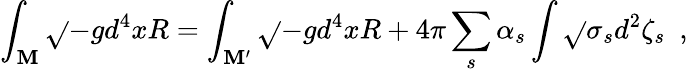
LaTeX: \int_{\cal\mathbf{M}}\sqrt{}{{-g}}d^{4}xR=\int_{\cal\mathbf{M}^{\prime}}\sqrt{}{{-g}}d^{4}xR+4\pi\sum_{s}\alpha_{s}\int\sqrt{}{{\sigma}}_{s}d^{2}\zeta_{s}~~,